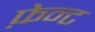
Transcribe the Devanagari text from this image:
फ़ेन्ट